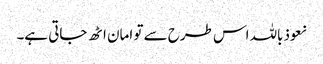
نعوذباللہ اس طرح سے تو امان اٹھ جاتی ہے۔